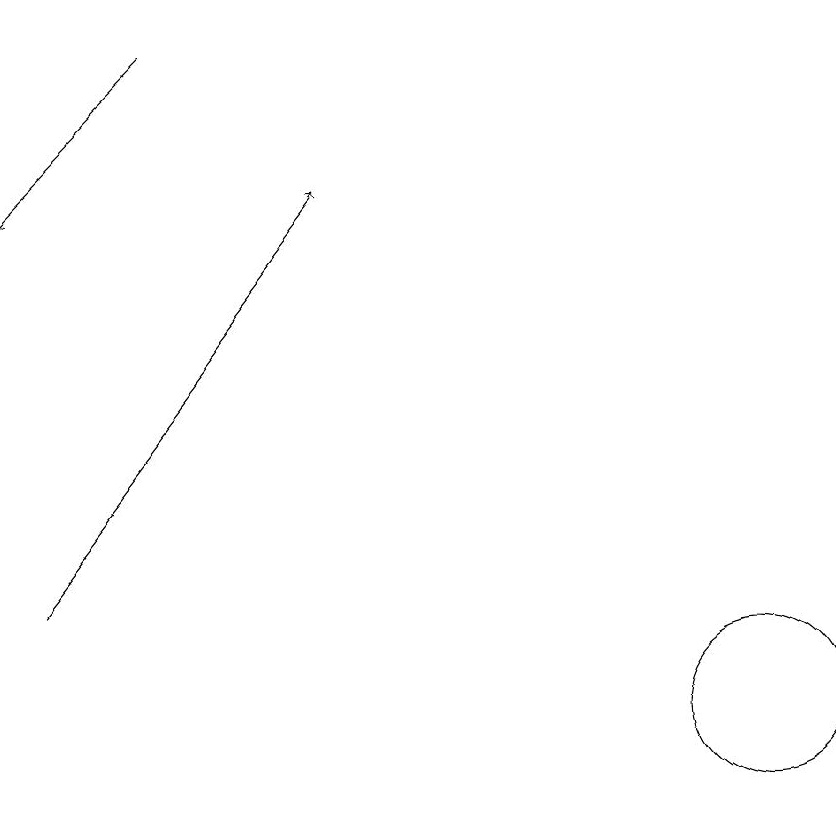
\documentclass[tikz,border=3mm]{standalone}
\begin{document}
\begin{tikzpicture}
\draw (10,10) circle (1);
\draw[->] (3,19) -- (1,17);
\draw[->] (1,12) -- (5,17);
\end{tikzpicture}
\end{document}